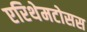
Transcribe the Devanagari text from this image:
एरिथेमटोसस